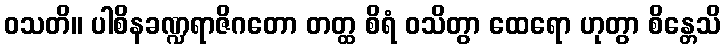
ဝသတိ။ ပါစိနခဏ္ဍရာဇိဂတော တတ္ထ စိရံ ဝသိတွာ ထေရော ဟုတွာ စိန္တေသိ